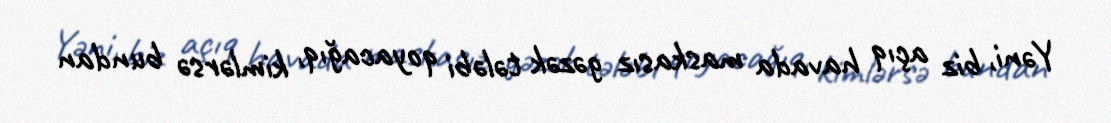
Yəni, biz açıq havada maskasız gəzək tələbi qoyacağıq, kimlərsə bundan